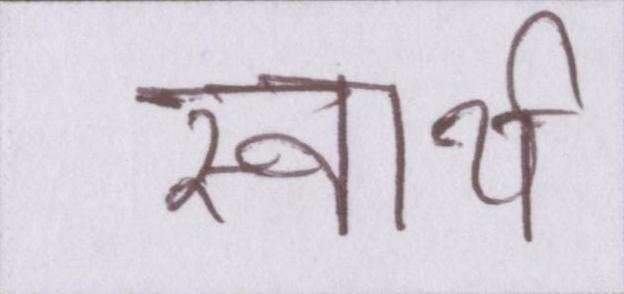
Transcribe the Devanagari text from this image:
स्वार्थ